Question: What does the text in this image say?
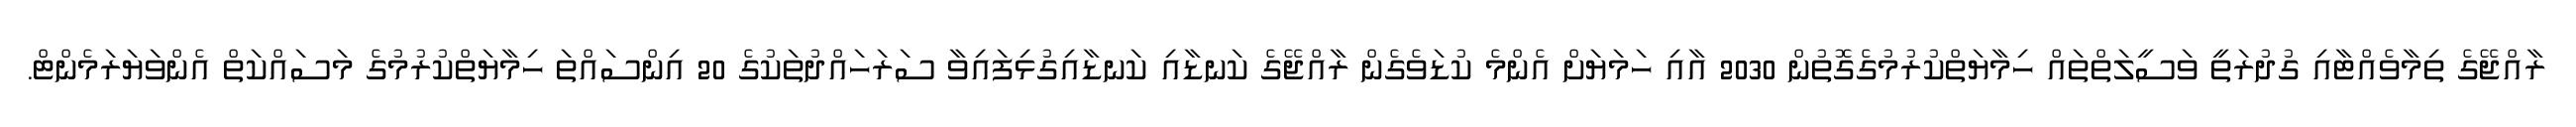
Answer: ރާއްޖޭގެ ތިމާވެއްޓާއި ގުދުރަތީ ވަސީލަތްތައް ހިމާޔަތްކުރުމުގެގޮތުން 2030 އާއި ހަމަޔަށް އެންމެ ކުޑަވެގެން ރާއްޖޭގެ ކަނޑާއި ކަނޑާއިގުޅިފައިވާ ސަރަހައްދުތަކުގެ 20 އިންސައްތަ ހިމާޔަތްކުރުމުގެ މަސައްކަތް އެންވަޔަރަމެންޓް.